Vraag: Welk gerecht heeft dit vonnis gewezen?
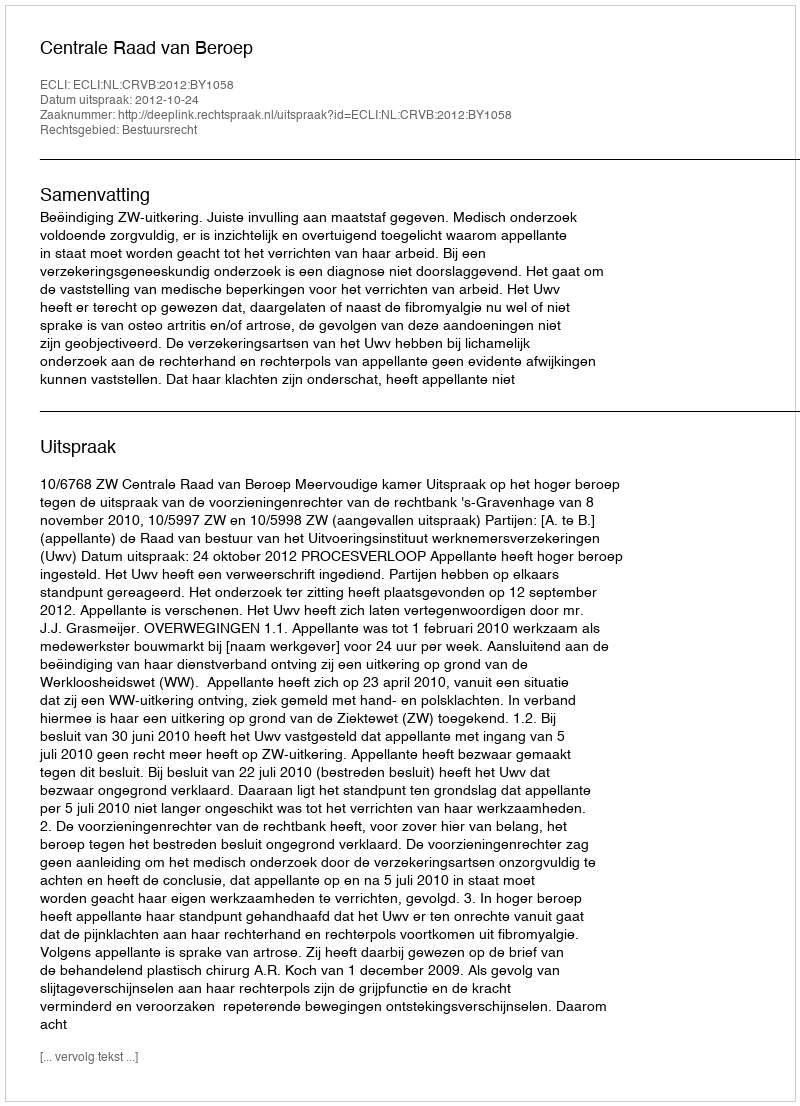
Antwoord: Centrale Raad van Beroep